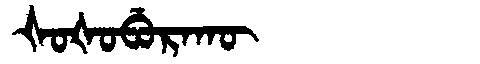
Manchu: ᡧᠣᡧᠣᠪᡠᡵᠠᡴᡡ
Romanization: ŠOŠOBURAKŪ